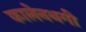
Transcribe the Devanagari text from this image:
कालेनथगी